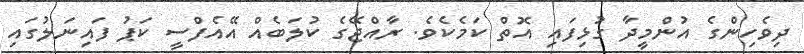
ދިވެހިންގެ އުންމީދާ ގުޅިފައި އޮތް ކަމެކެވެ. ރާއްޖޭގެ ކުލަބެއް އޭއެފްސީ ކަޕު ފައިނަލުގައި